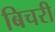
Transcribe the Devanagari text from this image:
बिचरी